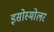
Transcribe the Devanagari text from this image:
इसोस्मोलर